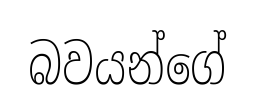
බවයන්ගේ